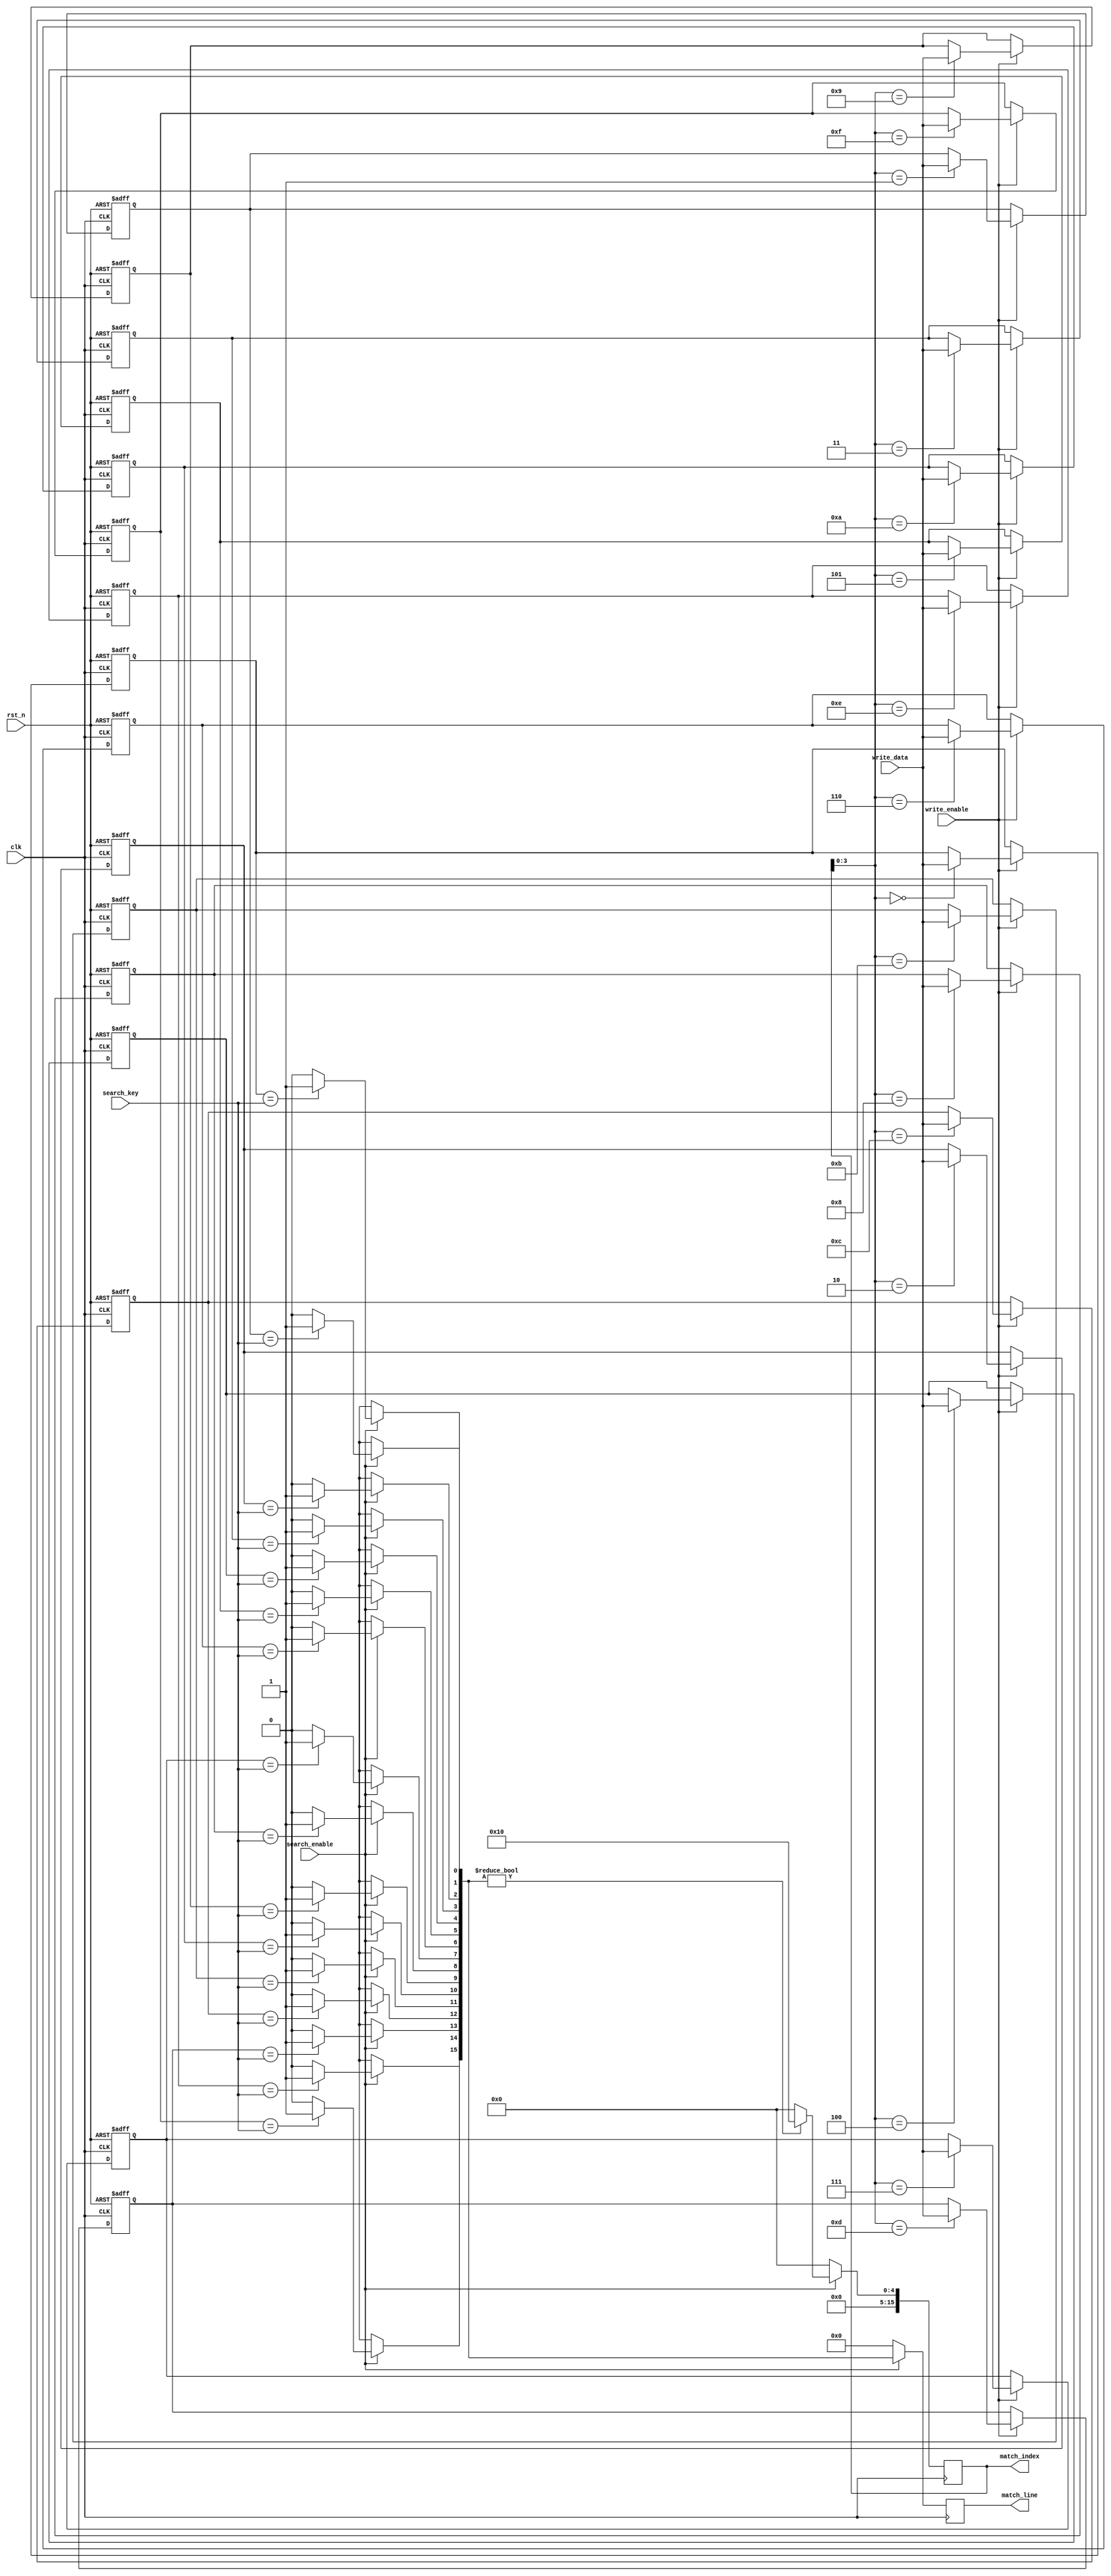
module energy_efficient_cam #(
    parameter WORD_SIZE = 8,   // Number of bits per entry
    parameter DEPTH = 16        // Number of entries
)(
    input wire clk,             // Clock signal
    input wire rst_n,           // Active low reset
    input wire [WORD_SIZE-1:0] search_key, // Key to search
    input wire [WORD_SIZE-1:0] write_data,  // Data to write
    input wire write_enable,     // Write enable signal
    input wire search_enable,     // Search enable signal
    output reg [DEPTH-1:0] match_line, // Match line output
    output reg [DEPTH-1:0] match_index // Index of matched entry
);

    // Memory array to store entries
    reg [WORD_SIZE-1:0] cam_array [0:DEPTH-1];

    // Internal signals
    reg [DEPTH-1:0] match_temp;
    integer i;

    // Write operation
    always @(posedge clk or negedge rst_n) begin
        if (!rst_n) begin
            // Reset CAM entries
            for (i = 0; i < DEPTH; i = i + 1) begin
                cam_array[i] <= {WORD_SIZE{1'b0}};
            end
        end else if (write_enable) begin
            // Write data into CAM
            cam_array[match_index] <= write_data; // Write to the specified index
        end
    end

    // Search operation
    always @(posedge clk) begin
        if (search_enable) begin
            match_temp = 0; // Clear match_temp
            for (i = 0; i < DEPTH; i = i + 1) begin
                if (cam_array[i] == search_key) begin
                    match_temp[i] = 1'b1; // Set match line for matching entry
                end
            end
            match_line <= match_temp; // Update match line output
            match_index <= match_temp ? i : {DEPTH{1'b0}}; // Update match index
        end else begin
            match_line <= {DEPTH{1'b0}}; // Clear match line if not searching
            match_index <= {DEPTH{1'b0}}; // Clear match index if not searching
        end
    end

endmodule